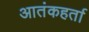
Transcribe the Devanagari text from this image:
आतंकहर्ता